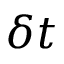
\delta t